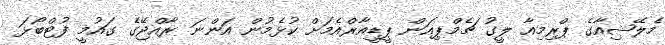
މެލޭޝިއާގެ ޕްރިމިއާ ލީގު ޗެމްޕިއަން ޕީޑީއާރްއެމަށް ކުޅެމުން އަންނަ ރާއްޖޭގެ ގައުމީ ފުޓްބޯޅަ